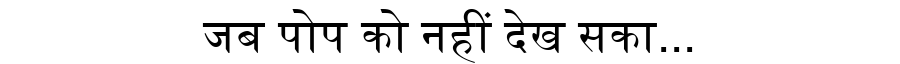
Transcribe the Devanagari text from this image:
जब पोप को नहीं देख सका...